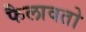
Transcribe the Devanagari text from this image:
फैलावतो